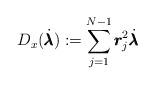
LaTeX: \begin{align*}D_{x}(\dot{\pmb{\lambda}}):=\sum_{j=1}^{N-1}\pmb{r}_{j}^{2}\dot{\pmb{\lambda}}\end{align*}